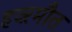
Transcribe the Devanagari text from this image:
हज्ऱमौत